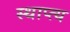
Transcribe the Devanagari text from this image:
स्थाप्त्य